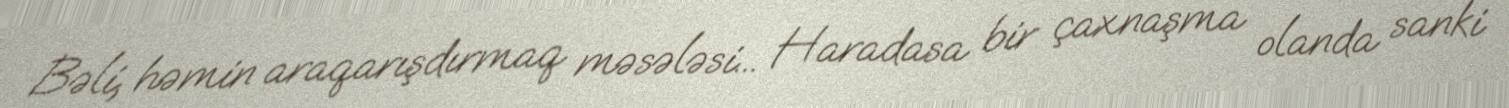
Bəli, həmin araqarışdırmaq məsələsi... Haradasa bir çaxnaşma olanda sanki